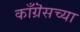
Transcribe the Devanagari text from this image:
काँग्रॆसच्या